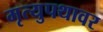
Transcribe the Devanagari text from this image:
मृत्युपथावर